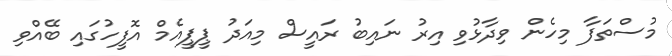
މުސްތަފާ މިހެން ވިދާޅުވި އިރު ނައިބު ރައީސް މިއަދު ޕީޕީއެމް އޮފީހުގައި ބޭއްވި